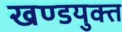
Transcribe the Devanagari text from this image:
खण्डयुक्त